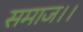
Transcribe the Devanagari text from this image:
समाज।।